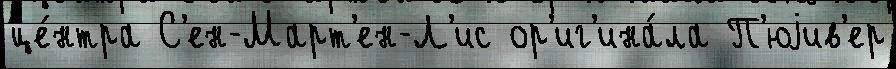
це́нтра С'ен-Март'ен-Л'ис ор'иг'ина́ла П'юjив'ер